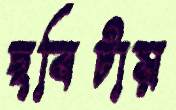
ছবিটায়